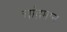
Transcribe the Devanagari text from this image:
चांद्रमान